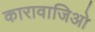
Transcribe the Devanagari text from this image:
कारावाजिओ